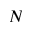
N